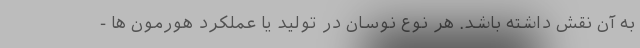
به آن نقش داشته باشد. هر نوع نوسان در تولید یا عملکرد هورمون ها -